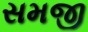
સમજી